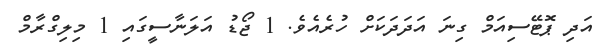
އަދި ޕޮޓޭސިއަމް ގިނަ އަދަދަކަށް ހުރެއެވެ. 1 ޖޯޑު އަލަނާސީގައި 1 މިލިގްރާމް